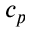
c _ { p }